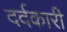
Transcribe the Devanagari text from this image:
दर्दकारी